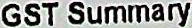
GST SUMMARY